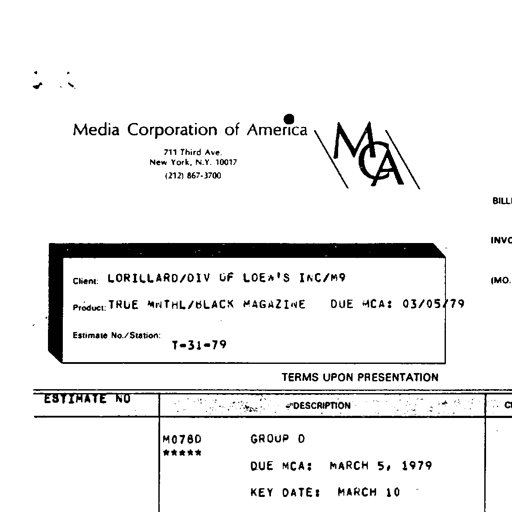
Media Corporation of America
711 Third Ave.
New York, N.Y. 10017
(212) 867-3700
MCA
BILLI
INVC
Client: LORILLARD/DIV OF LOEW'S INC/M9
(MO.
Product: TRUE MNTHL/BLACK MAGAZINE
DUE MCA: 03/05/79
Estimate No./Station:
T-31-79
TERMS UPON PRESENTATION
ESTIMATE NO
DESCRIPTION
C
M078D GROUP D
*****
DUE MCA: MARCH 5, 1979
KEY DATE: MARCH 10